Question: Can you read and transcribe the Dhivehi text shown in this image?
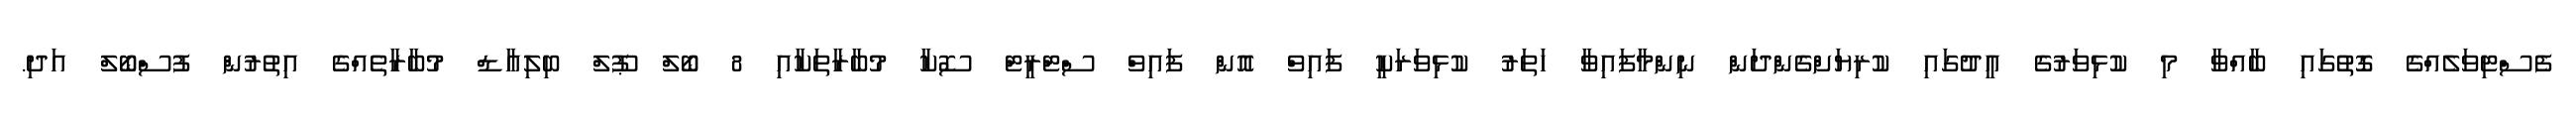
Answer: ފެސްޓިވަލެއްގެ ގޮތުގައި ބާއްވާ މި ކުޅިވަރުގެ އީދުގައި ކުރިޔަށްގެންދަން ނިންމާފައިވާ ހަތަރު ކުޅިވަރަކީ ފައިވް އޮން ފައިވް ސްޓްރީޓް ސޮކާ މުބާރާތަކާއި 8 ބޯލް ޕޫލް ބިލިއާޑް މުބާރާތެއްގެ އިތުރުން ފުސްބޯލް އަދި.